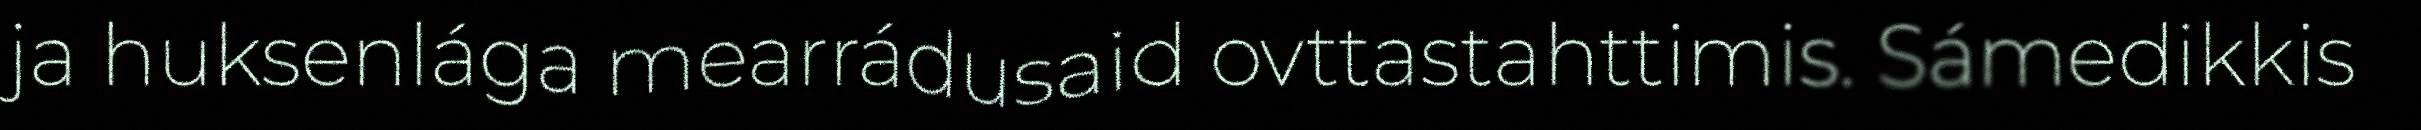
ja huksenlága mearrádusaid ovttastahttimis. Sámedikkis